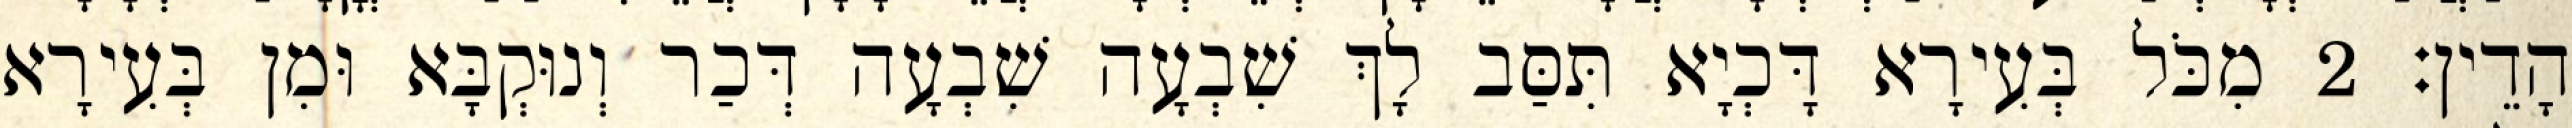
הָדֵין׃ 2 מִכֹּל בְּעִירָא דָּכְיָא תִּסַּב לָךְ שִׁבְעָה שִׁבְעָה דְּכַר וְנוּקְבָּא וּמִן בְּעִירָא